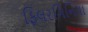
ફિલરગિનિયા